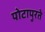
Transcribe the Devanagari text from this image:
पोटापुरते